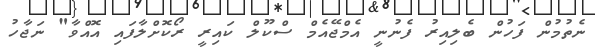
ނެތުމުން ފަހުން ބެލިއިރު ފެނުނީ އެމްޖޭއެމް ސްކޫލް ކައިރީ ރޯކޮށްލާފައި އޮއްވާ" ނަޖާހު